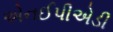
એનઈપીએડી